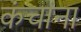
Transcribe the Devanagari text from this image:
कंचाना